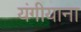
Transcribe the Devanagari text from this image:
यंगीयाना